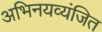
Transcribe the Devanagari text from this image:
अभिनयव्यंजित